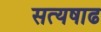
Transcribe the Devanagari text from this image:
सत्यषाढ